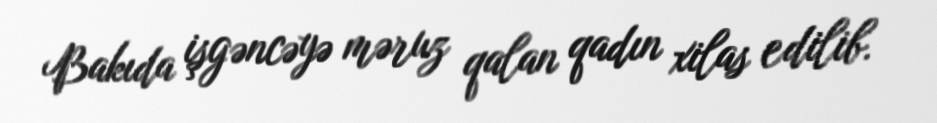
Bakıda işgəncəyə məruz qalan qadın xilas edilib.